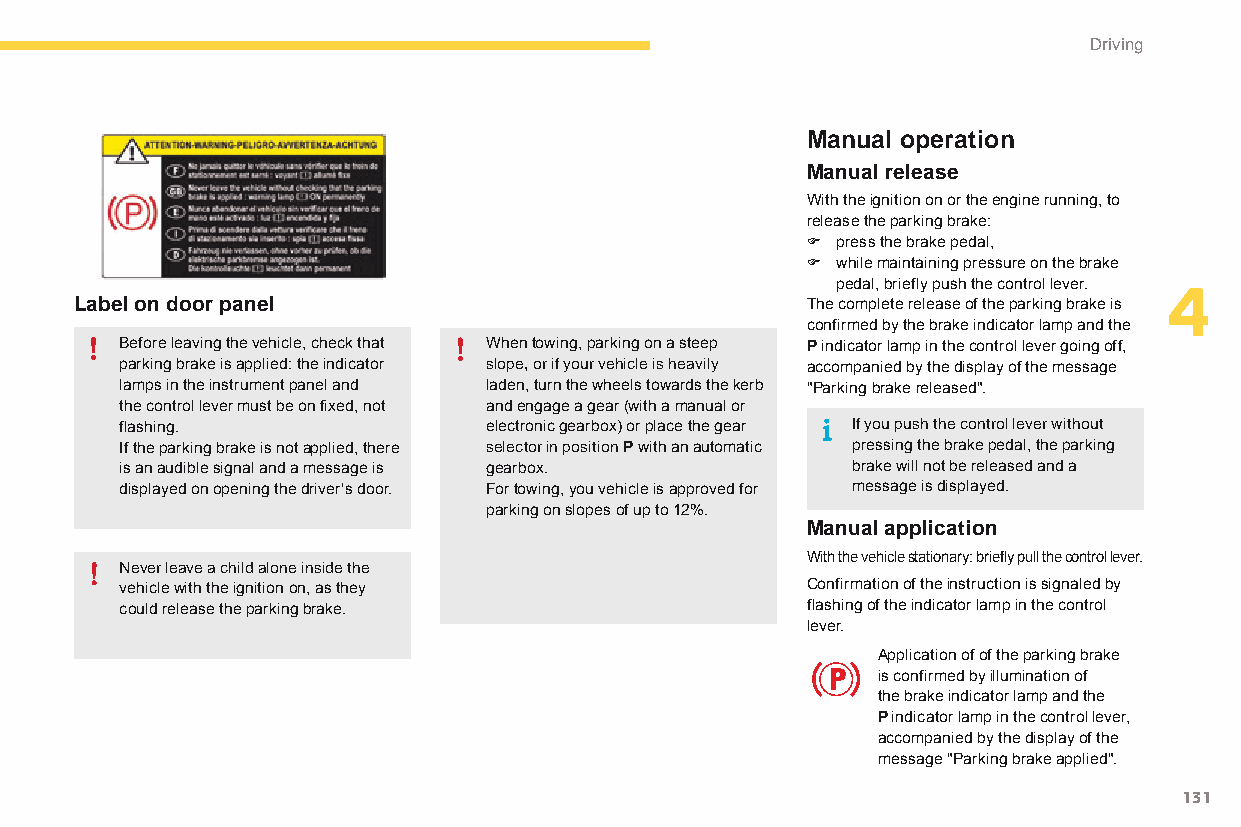
Driving
 Manual operation
 Manual release
 With the ignition on or the engine running, to
 release the parking brake:
 F press the brake pedal,
 F while maintaining pressure on the brake
 pedal, briefly push the control lever. 4
 Label on door panel                             The complete release of the parking brake is
 confirmed by the brake indicator lamp and the
 Before leaving the vehicle, check that When towing, parking on a steep P indicator lamp in the control lever going off,
 parking brake is applied: the indicator slope, or if your vehicle is heavily accompanied by the display of the message
 lamps in the instrument panel and laden, turn the wheels towards the kerb "Parking brake released".
 the control lever must be on fixed, not and engage a gear (with a manual or
 flashing.               electronic gearbox) or place the gear If you push the control lever without
 If the parking brake is not applied, there selector in position P with an automatic pressing the brake pedal, the parking
 is an audible signal and a message is gearbox.  brake will not be released and a
 displayed on opening the driver's door. For towing, you vehicle is approved for message is displayed.
 parking on slopes of up to 12%.
 Manual application
 With the vehicle stationary: briefly pull the control lever.
 never leave a child alone inside the
 vehicle with the ignition on, as they        Confirmation of the instruction is signaled by
 could release the parking brake.             flashing of the indicator lamp in the control
 lever.
 Application of of the parking brake
 is confirmed by illumination of
 the brake indicator lamp and the
 P indicator lamp in the control lever,
 accompanied by the display of the
 message "Parking brake applied".
 131
 C4-Picasso-II_en_Chap04_conduite_ed01-2015